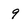
Character: 9